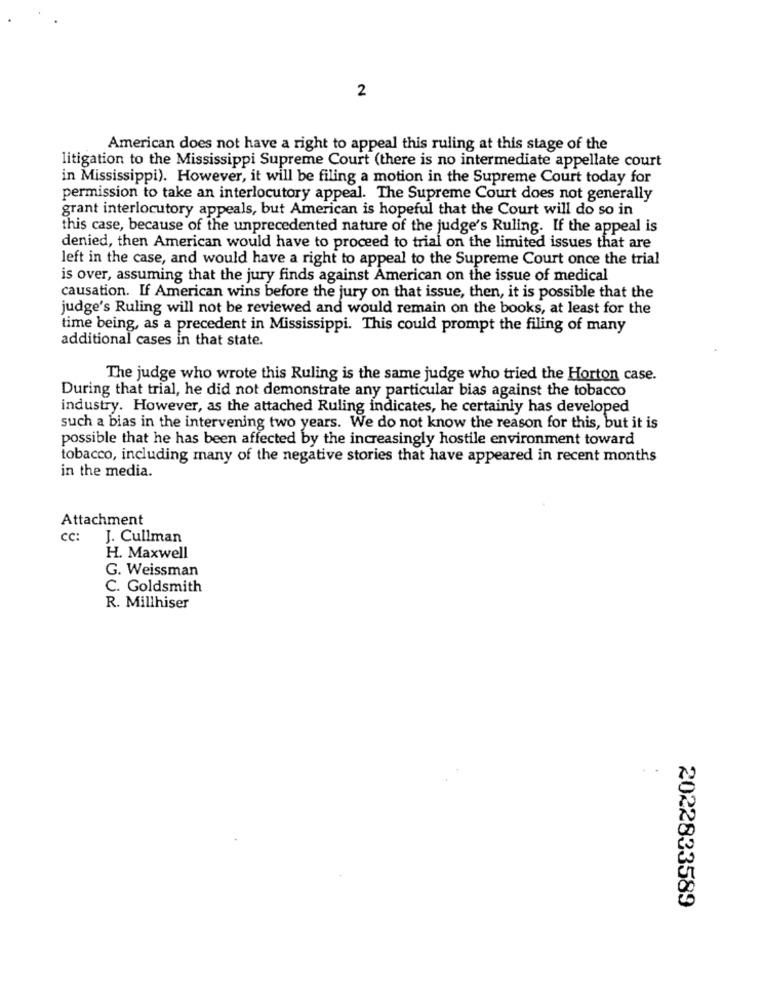
2
American does not have a right to appeal this ruling at this stage of the
litigation to the Mississippi Supreme Court (there is no intermediate appellate court
in Mississippi). However, it will be filing a motion in the Supreme Court today for
permission to take an interlocutory appeal. The Supreme Court does not generally
grant interlocutory appeals, but American is hopeful that the Court will do so in
this case, because of the unprecedented nature of the judge's Ruling. If the appeal is
denied, then American would have to proceed to trial on the limited issues that are
left in the case, and would have a right to appeal to the Supreme Court once the trial
is over, assuming that the jury finds against American on the issue of medical
causation. If American wins before the jury on that issue, then, it is possible that the
judge's Ruling will not be reviewed and would remain on the books, at least for the
time being, as a precedent in Mississippi. This could prompt the filing of many
additional cases in that state.
The judge who wrote this Ruling is the same judge who tried the Horton case.
During that trial, he did not demonstrate any particular bias against the tobacco
industry. However, as the attached Ruling indicates, he certainly has developed
such a bias in the intervening two years. We do not know the reason for this, but it is
possible that he has been affected by the increasingly hostile environment toward
tobacco, including many of the negative stories that have appeared in recent months
in the media.
Attachment
cc:
J. Cullman
H. Maxwell
G. Weissman
C. Goldsmith
R. Millhiser
2022833589